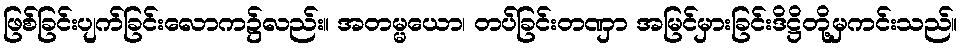
ဖြစ်ခြင်းပျက်ခြင်းလောက၌လည်း။ အတမ္မယော၊ တပ်ခြင်းတဏှာ အမြင်မှားခြင်းဒိဋ္ဌိတို့မှကင်းသည်။